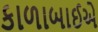
કાળાબાઈએ